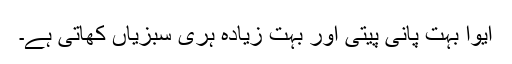
ایوا بہت پانی پیتی اور بہت زیادہ ہری سبزیاں کھاتی ہے۔